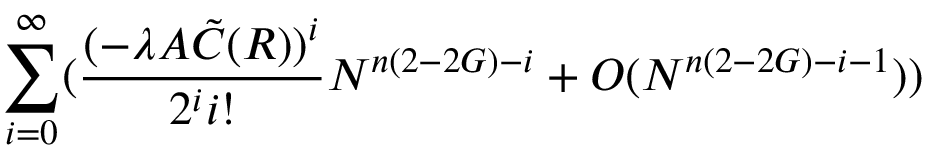
\sum _ { i = 0 } ^ { \infty } ( \frac { ( - \lambda A { \tilde { C } } ( R ) ) ^ { i } } { 2 ^ { i } i ! } N ^ { n ( 2 - 2 G ) - i } + O ( N ^ { n ( 2 - 2 G ) - i - 1 } ) )